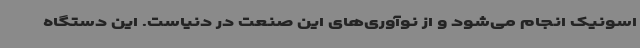
اسونیک انجام می‌شود و از نوآوری‌های این صنعت در دنیاست. این دستگاه